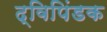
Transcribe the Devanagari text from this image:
द्विपिंडक